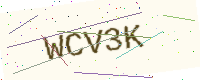
Text: WCV3K